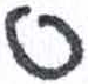
אות: ס